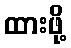
ထားဖို့